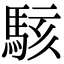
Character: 駭